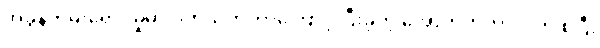
အခွန်တိမ်းရှောင်မှုမှာ ပတ်သက်တာကြောင့် ပြီးခဲ့တဲ့ အောက်တိုဘာလက စပြီး